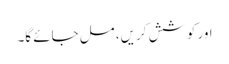
اور کوشش کریں، مل جائے گا۔